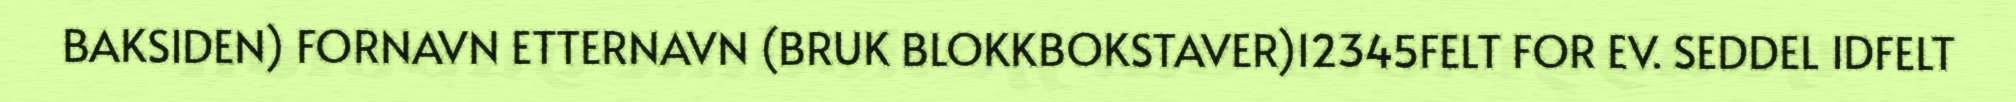
BAKSIDEN) FORNAVN ETTERNAVN (BRUK BLOKKBOKSTAVER)12345FELT FOR EV. SEDDEL IDFELT